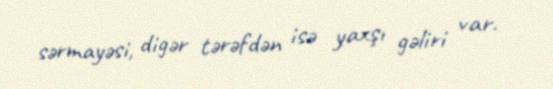
sərmayəsi, digər tərəfdən isə yaxşı gəliri var.